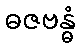
ဓဇဗန္ဓံ